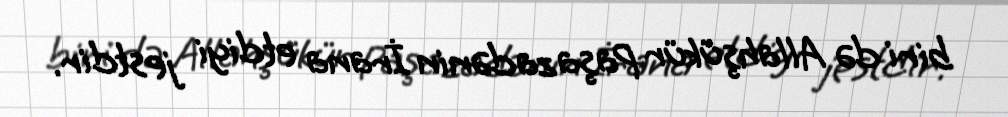
biri də Allahşükür Paşazadənin İrana etdiyi jestdir.